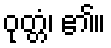
ဝုတ္တံ၊ ၏။